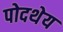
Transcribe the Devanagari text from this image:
पोदथेय